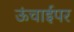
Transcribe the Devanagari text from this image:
ऊंचाईपर